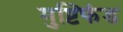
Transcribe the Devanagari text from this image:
मुष्टिफंड